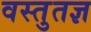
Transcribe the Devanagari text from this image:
वस्तुतज्ञ